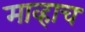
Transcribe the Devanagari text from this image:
माव्हाच